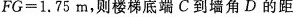
$$F G = 1 . 7 5 m$$，则楼梯底端C到墙角D的距